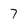
Character: 7